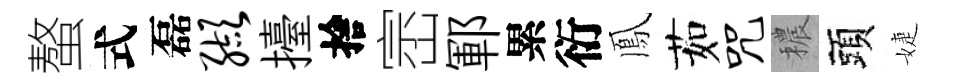
螯式磊缬擡捨崈鄆累衍鳳茹咒穠頭婕